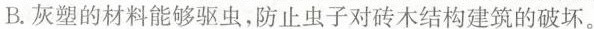
B.灰塑的材料能够驱虫，防止虫子对砖木结构建筑的破坏。